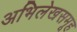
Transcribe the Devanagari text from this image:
अभिलेखसमूह